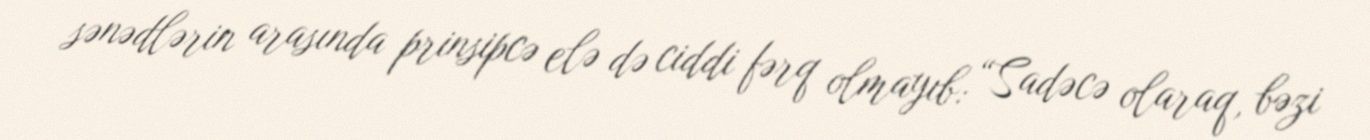
sənədlərin arasında prinsipcə elə də ciddi fərq olmayıb: “Sadəcə olaraq, bəzi